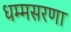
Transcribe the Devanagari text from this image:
धम्मसरणा